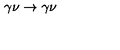
\gamma \nu \rightarrow \gamma \nu \,